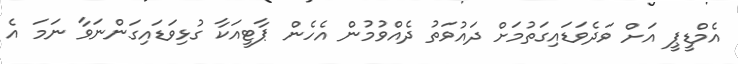
އެމްޑީޕީ އަށް ވަދެވަޑައިގަތުމަށް ދައުވަތު ދެއްވުމުން އެހެން ޕާޓީއަކާ ގުޅިވަޑައިގަންނަވާ ނަމަ އެ